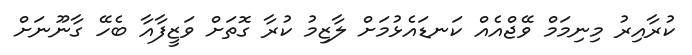
ކުރާއިރު މިނިމަމް ވޭޖްއެއް ކަނޑައެޅުމަށް ލާޒިމު ކުރާ ގޮތަށް ވަޒީފާއާ ބެހޭ ގާނޫނަށް